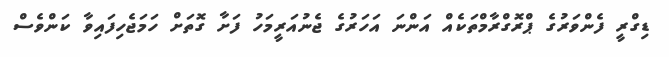
ޑިގްރީ ފެންވަރުގެ ޕްރޮގްރާމްތަކެއް އަންނަ އަހަރުގެ ޖެނުއަރީމަހު ފަށާ ގޮތަށް ހަމަޖެހިފައިވާ ކަންވެސް